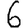
Digit: 6